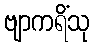
ဗျာကရိံသု